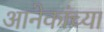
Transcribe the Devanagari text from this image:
आनेकांच्या